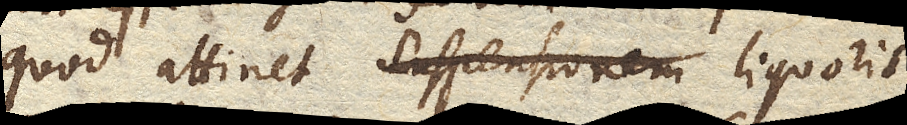
quod attinet liquoris